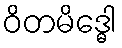
ဝိတမိဒ္ဓေါ